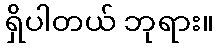
ရှိပါတယ် ဘုရား။